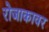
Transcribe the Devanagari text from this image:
रोजाकावर